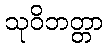
သုဝိဘတ္တာ